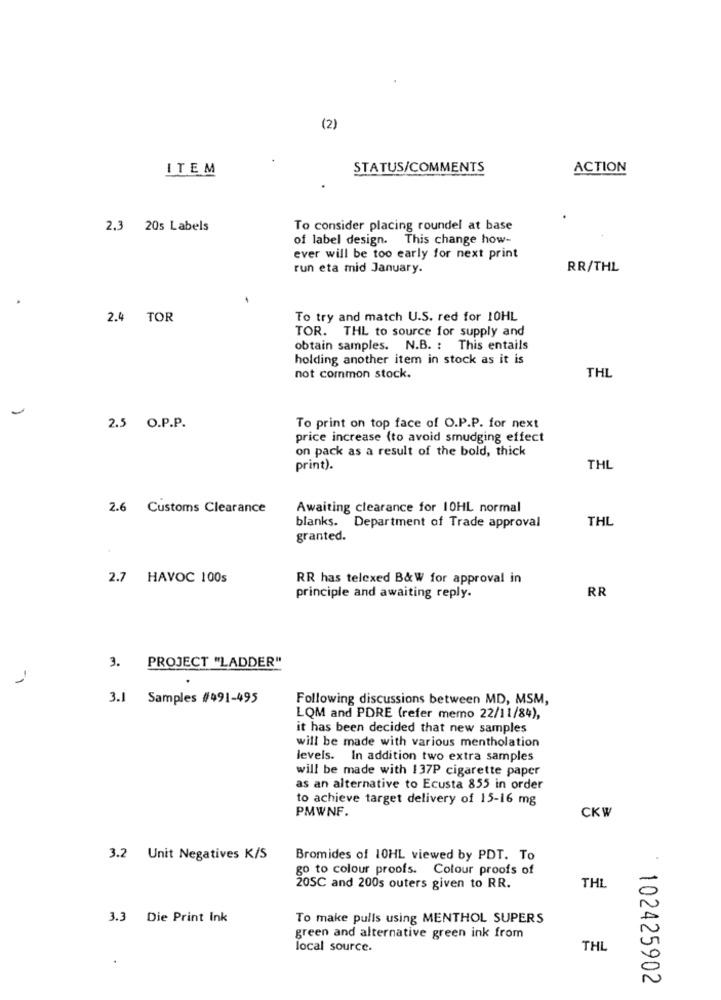
(2)
ITEM
STATUS/COMMENTS
ACTION
2.3 20s Labels
To consider placing roundel at base
of label design. This change how-
ever will be too early for next print
run eta mid January.
RR/THL
.
2.4 TOR
To try and match U.S. red for 10HL
TOR. THL to source for supply and
obtain samples. N.B. : This entails
holding another item in stock as it is
not common stock.
THL
2.5 O.P.P.
To print on top face of O.P.P. for next
price increase (to avoid smudging effect
on pack as a result of the bold, thick
print).
THL
2.6 Customs Clearance
Awaiting clearance for 10HL normal
THL
blanks. Department of Trade approval
granted.
2.7 HAVOC 100s
RR has telexed B&W for approval in
RR
principle and awaiting reply.
3. PROJECT "LADDER"
-1
3.1 Samples #491-495
Following discussions between MD, MSM,
LOM and PDRE (refer memo 22/11/84),
it has been decided that new samples
will be made with various mentholation
levels. In addition two extra samples
will be made with 137P cigarette paper
as an alternative to Ecusta 855 in order
to achieve target delivery of 15-16 mg
PMWNF.
CKW
3.2 Unit Negatives K/S
Bromides of 10HL viewed by PDT. To
go to colour proofs. Colour proofs of
20SC and 200s outers given to RR.
THL
3.3 Die Print Ink
To make pulls using MENTHOL SUPERS
green and alternative green ink from
local source.
THL
102425902